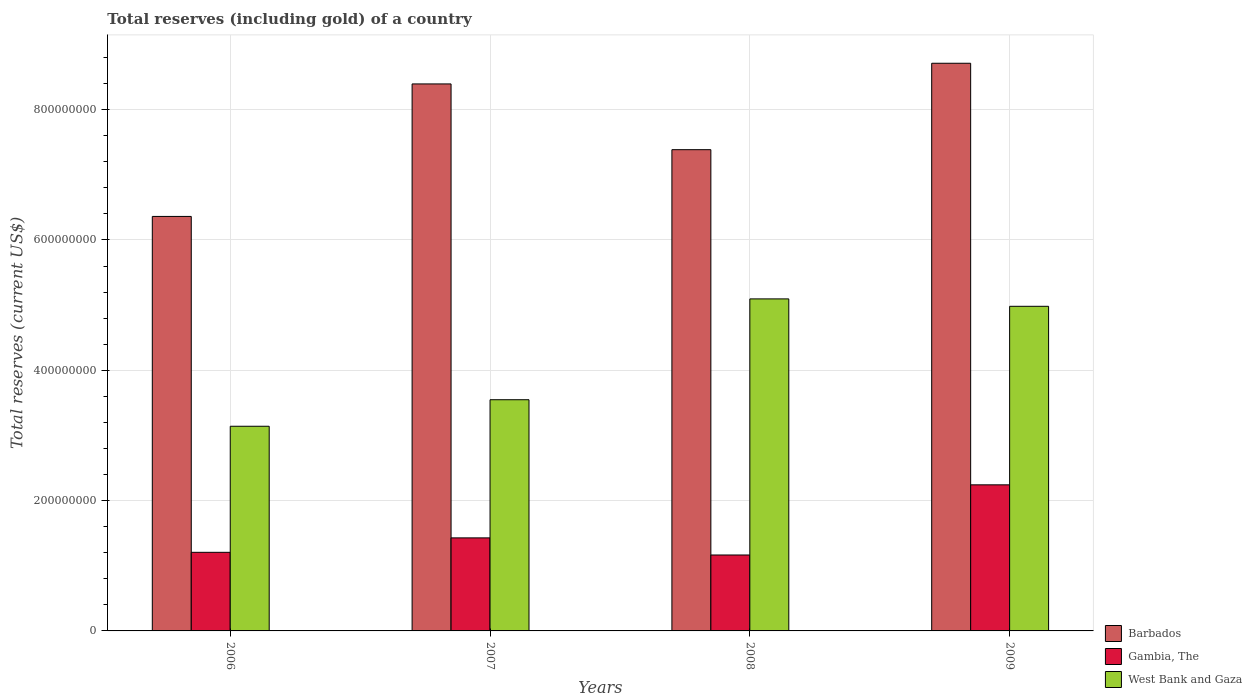
| Years | Barbados | Gambia, The | West Bank and Gaza |
 | --- | --- | --- | --- |
 | 2006 | 6.36e+08 | 1.21e+08 | 3.14e+08 |
 | 2007 | 8.39e+08 | 1.43e+08 | 3.55e+08 |
 | 2008 | 7.39e+08 | 1.17e+08 | 5.1e+08 |
 | 2009 | 8.71e+08 | 2.24e+08 | 4.98e+08 |